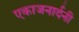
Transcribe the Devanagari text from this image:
एकाजनार्दनी